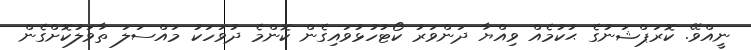
ނީއްވޭ. ކޮރަޕްޝަނުގެ ޙުކުމެއް ވިއްޔާ ދަންވަރު ކޯޓުހުޅުވައިގެން ކޮންމެ ދުވަހަކު މައްސަލަ ތާވަލުކޮށްގެން